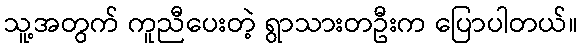
သူ့အတွက် ကူညီပေးတဲ့ ရွာသားတဦးက ပြောပါတယ်။